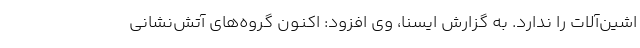
اشین‌آلات را ندارد. به گزارش ایسنا، وی افزود: اکنون گروه‌های آتش‌نشانی